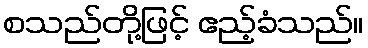
စသည်တို့ဖြင့် ဧည့်ခံသည်။